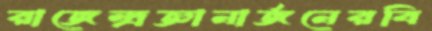
রাজেন্দ্রজ্ঞানার্জনেরবি